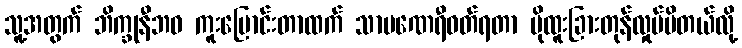
သူ့အတွက် ဘိက္ခုနီဘဝ ကူးပြောင်းတာထက် သာမဏေရီဝတ်ရတာ ပိုထူးခြားတုန်လှုပ်မိတယ်လို့